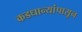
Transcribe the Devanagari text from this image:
कडधान्यांपासून